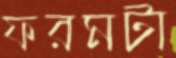
ফরমটা